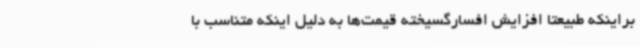
براینکه طبیعتا افزایش افسارگسیخته قیمت‌ها به دلیل اینکه متناسب با